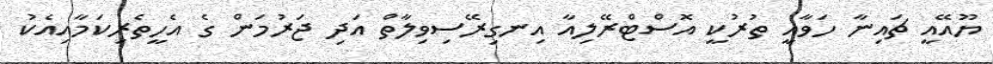
ޔޫއޭއީ ޗައިނާ ހަވާއީ ތުރުކީ އޮސްޓްރޭލިއާ އިނގިރޭސިވިލާތް އަދި ޖަރުމަން ގެ އެހީތެރިކަމާއިއެކު